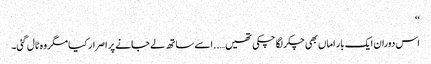
‘‘
اس دوران ایک بار اماں بھی چکر لگا چکی تھیں…..اسے ساتھ لے جانے پر اصرار کیا مگر وہ ٹال گئی۔